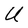
Character: U